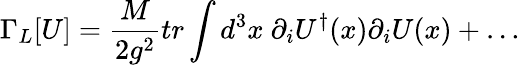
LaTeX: \Gamma_{L}[U]={\frac{M}{2g^{2}}}tr\int d^{3}x~\partial_{i}U^{\dagger}(x)\partial_{i}U(x)+\ldots